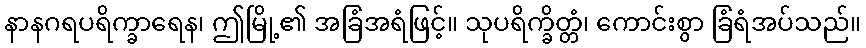
နာနဂရပရိက္ခာရေန၊ ဤမြို့၏ အခြံအရံဖြင့်။ သုပရိက္ခိတ္တံ၊ ကောင်းစွာ ခြံရံအပ်သည်။